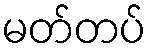
မတ်တပ်